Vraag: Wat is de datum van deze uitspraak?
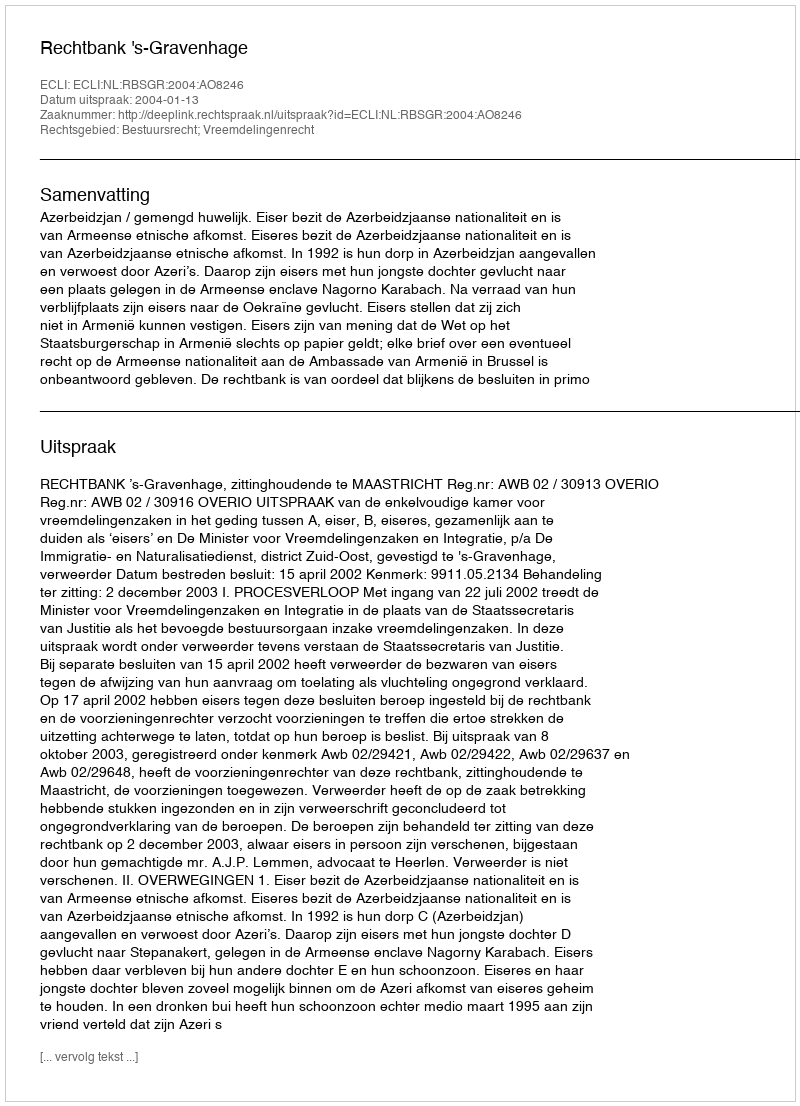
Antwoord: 2004-01-13